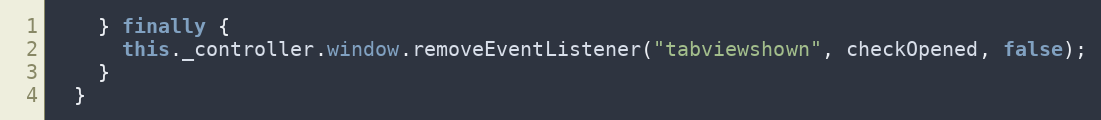
Language: JavaScript
    } finally {
      this._controller.window.removeEventListener("tabviewshown", checkOpened, false);
    }
  }